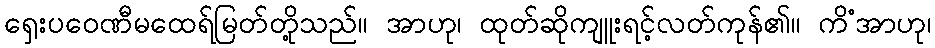
ရှေးပဝေဏီမထေရ်မြတ်တို့သည်။ အာဟု၊ ထုတ်ဆိုကျူးရင့်လတ်ကုန်၏။ ကိံအာဟု၊